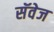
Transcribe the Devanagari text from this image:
सॅवेज